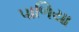
પાળિયા